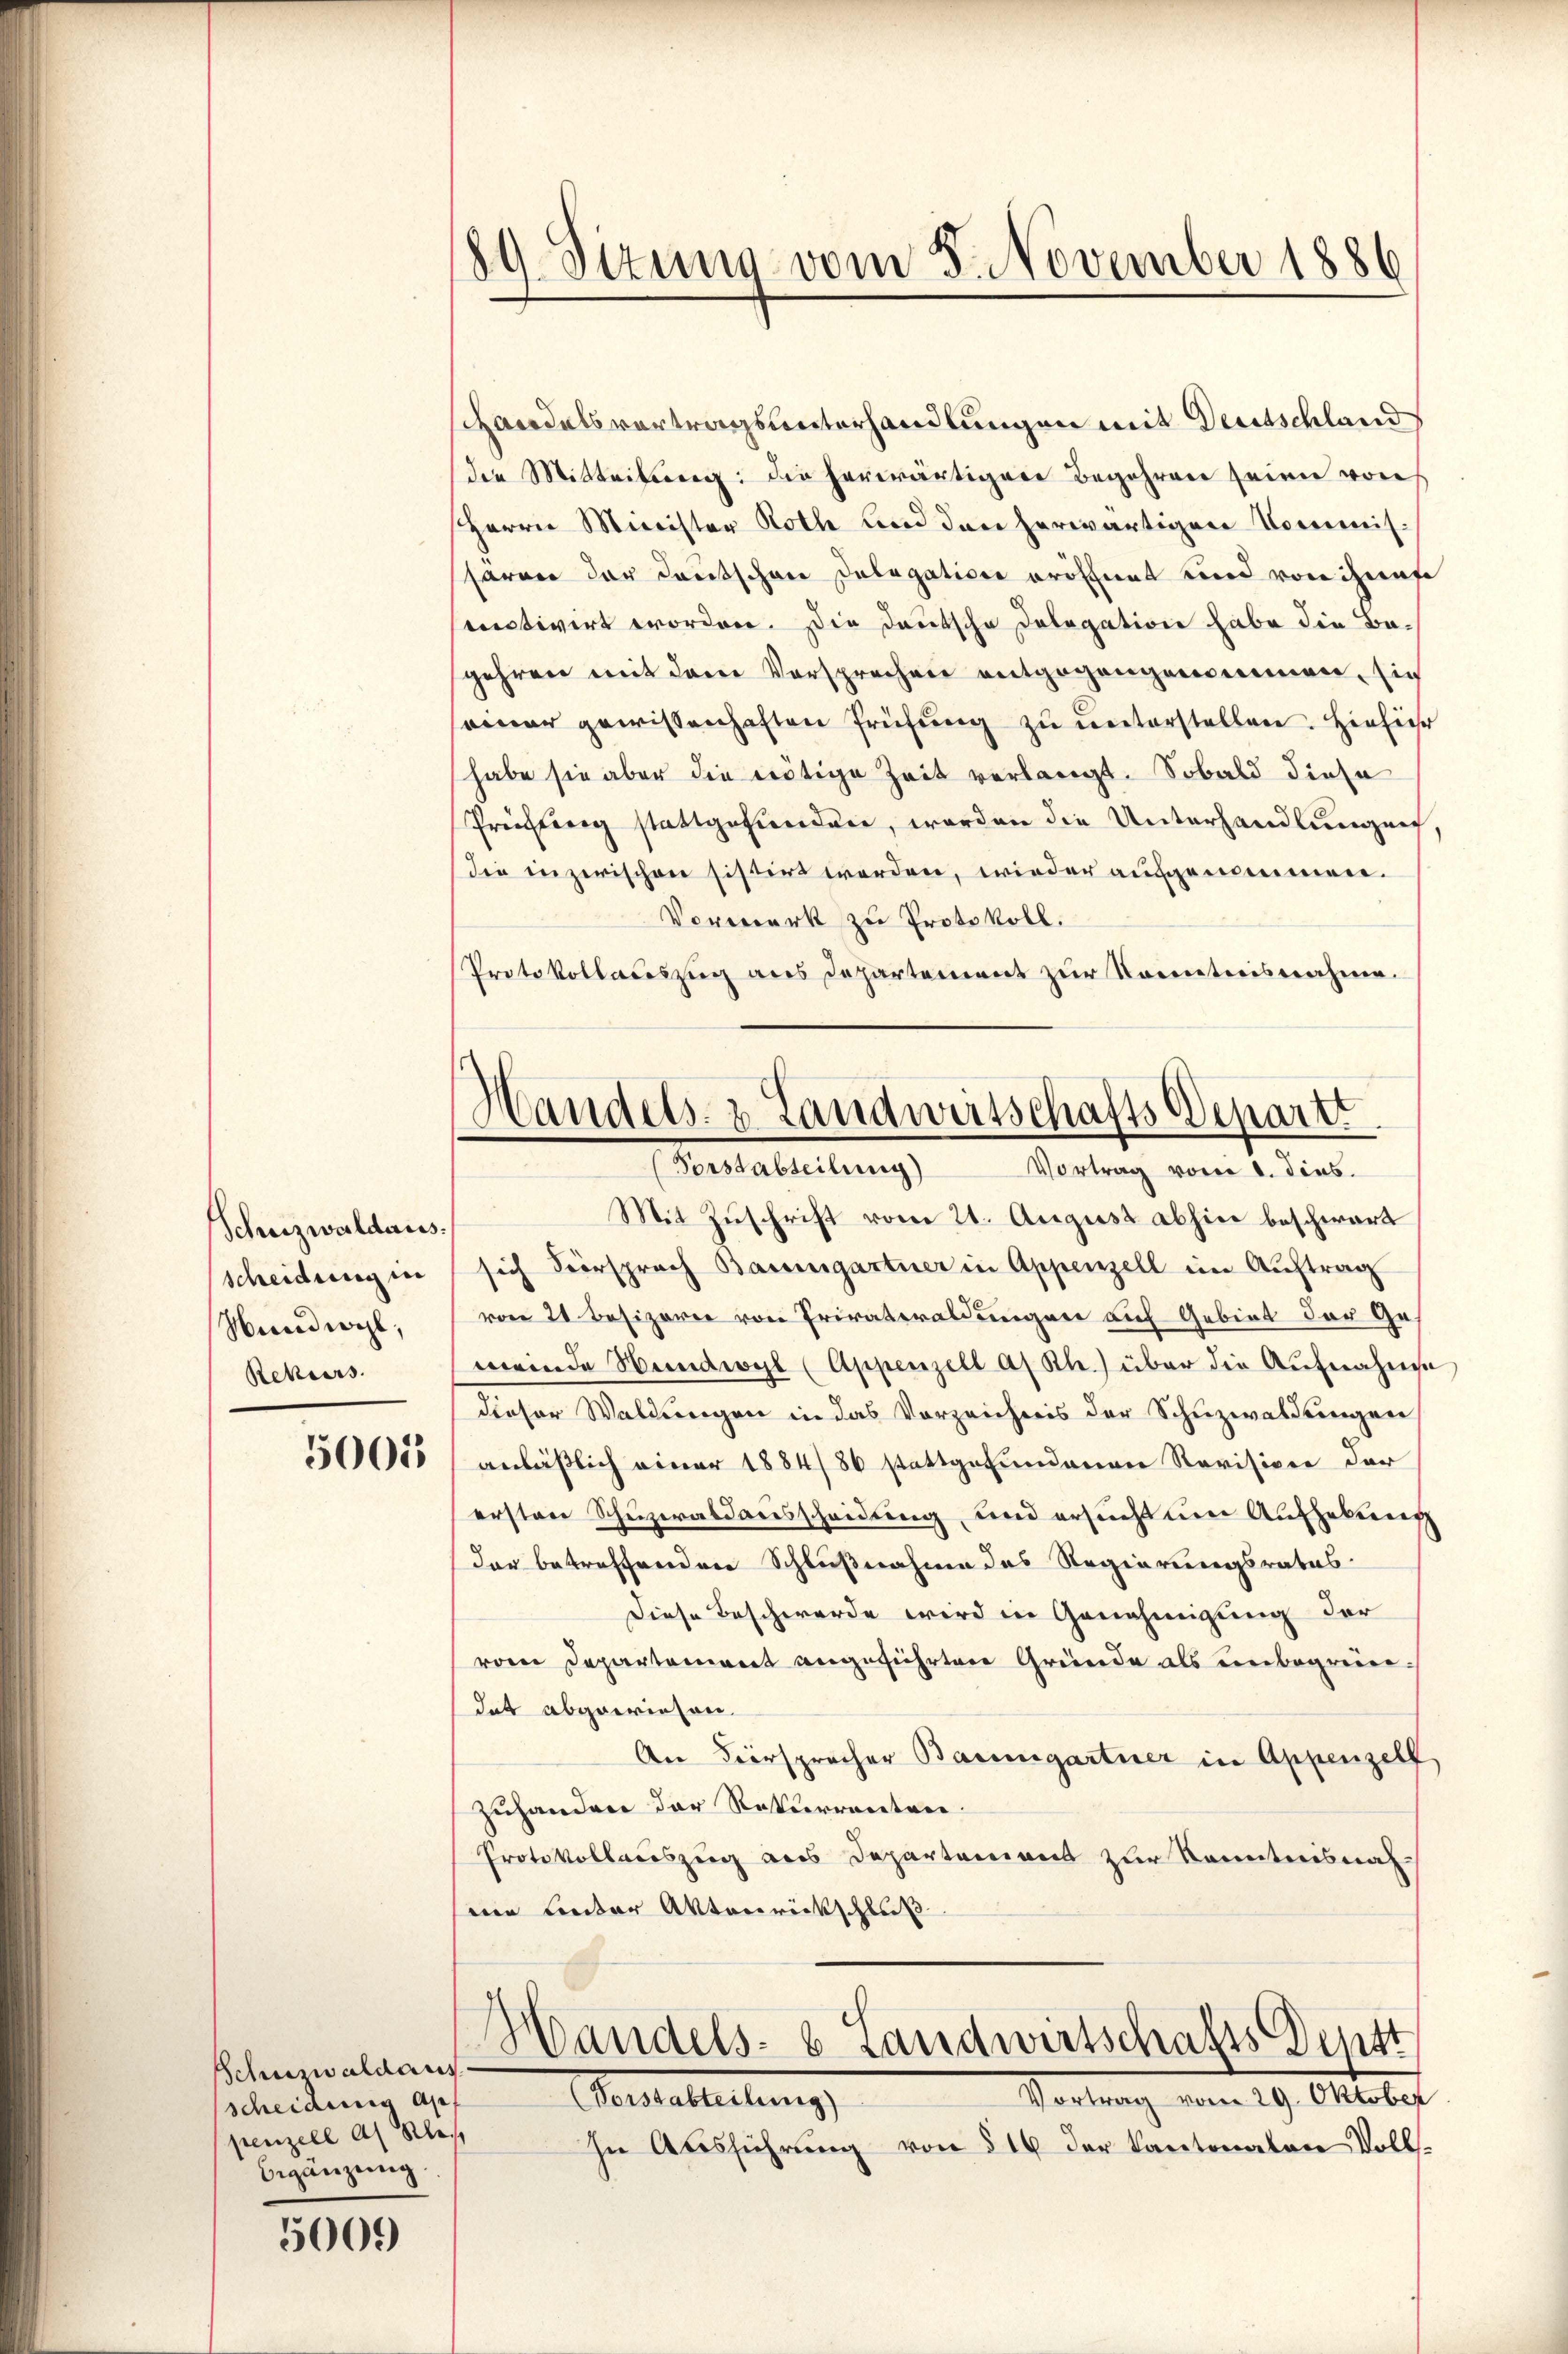
Schreizwaldaus.
scheidung in
Hundwyl,
Rekurs

5001

Schumaldaus
scheidung an
penzell als Klei
begänzung.

5009

89. Situng vom 8. November 1886

Handelsvertragsunterhandlungen mit Deutschland
die Mitteilung: die herwärtiger Begehren seien von
Herrn Minister Roth und den herwärtigen Commissarner der Deutschen Delegation eröffnet und von ihres
sectivirt worden. Die Deutsche Dolegation habe die Begehren mit dem Vorsprechen entgegengenommen, sic
seiner gewissenhaften Prüfung zu unterstellen. Hieführ
habe sie aber die nötige Zeit verlangt. Sobald diese
Preistung stattgefunden, worden die Unterhandlungen,
die inzwischen sistirt werden, wieder aufgenommen.
Vormerk zu Protokoll.
Protokollauszug aus Departement zur Kenntnisnahme.
Mit Zuschrift vom 21. August abhin beschwart
sich Versprach Baumgartner in Appenzell im Auftrag
von 21 Besizerie von Privateraldungen auf Gebiet der Ge-
meinde Hundwyl (Appenzell a/Rh.) über die Aufnahme
dieser Waldungen in das Vorzeichnis der Schuzwaldungen
anläßlich einer 1884/86 stattgefundenen Revisione der
ersten Schuzeraldausscheidung, und ersucht um Aufhebung
dar betreffenden Schlußnahme des Regierungsrates-
Diese Beschwerde wird in Genehmigung der
von Departement angeführten Gründe als unbegründat abgewiesen.
An Versprocher Baumgartner in Appenzell
zuhanden der Rekurrenten.
Protokollauszug aus Departarions zur Kenntnisnah
nie unter Aktenrückschluß

Handels- & Landwirtschafts Departi
Forstabteilung)
Vortrag vom 1. dies

Handels- & Landwirtschafts Deptt

Vortrag vom 29. Oktober
Pedeleitung
In Ausführung von § 16 der Kantonaten Volls-